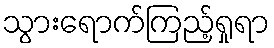
သွားရောက်ကြည့်ရှုရာ